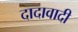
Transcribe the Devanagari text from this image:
दादावादी